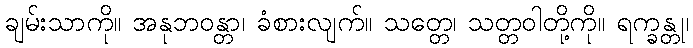
ချမ်းသာကို။ အနုဘဝန္တာ၊ ခံစားလျက်။ သတ္တေ၊ သတ္တဝါတို့ကို။ ရက္ခန္တု၊